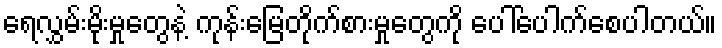
ရေလွှမ်းမိုးမှုတွေနဲ့ ကုန်းမြေတိုက်စားမှုတွေကို ပေါ်ပေါက်စေပါတယ်။